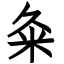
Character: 粂